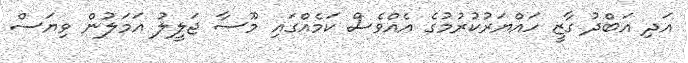
އަދި އަބްދު ގާޒީ ހައްޔަރުކުރުމުގެ އެއްވެސް ކަމެއްގައި މޫސާ ޖަލީލު އަމަލުން ވިޔަސް